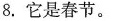
8.它是春节。